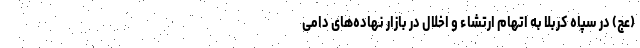
(عج) در سپاه کربلا به اتهام ارتشاء و اخلال در بازار نهاده‌های دامی